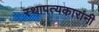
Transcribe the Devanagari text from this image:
स्थापत्यकारांनी